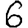
Digit: 6